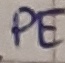
Text: PE